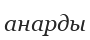
анарды